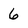
Character: 6